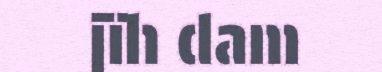
jïh dam